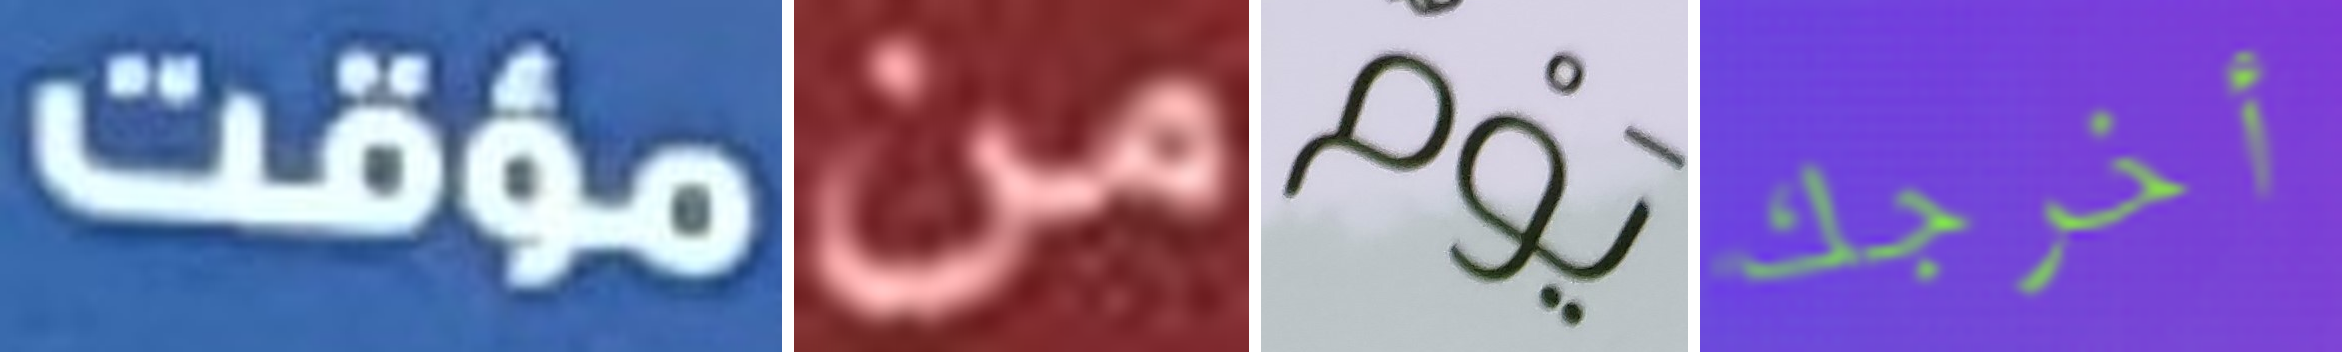
مؤقت من يوم أخرجك